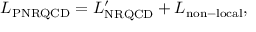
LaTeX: { \cal L } _ { \mathrm { P N R Q C D } } = { \cal L } _ { \mathrm { N R Q C D } } ^ { \prime } + { \cal L } _ { \mathrm { n o n - l o c a l } } ,